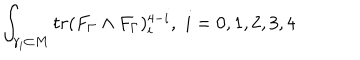
LaTeX: \int _ { \gamma _ { i } \subset M } t r ( F _ { \Gamma } \wedge F _ { \Gamma } ) _ { i } ^ { 4 - i } , \, \, i = 0 , 1 , 2 , 3 , 4